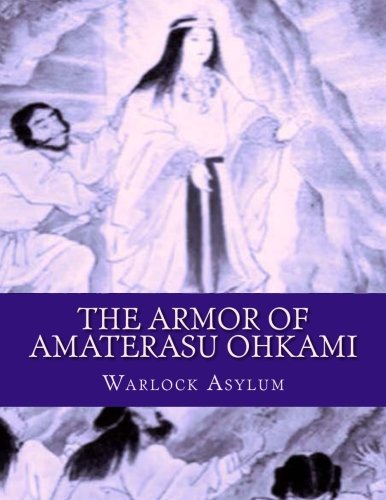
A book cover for The Armor of Amaterasu Ohkami; Warlock Asylum; Religion & Spirituality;